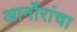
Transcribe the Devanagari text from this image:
आर्नोरांचा